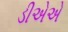
ડીએએ